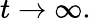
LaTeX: t\rightarrow\infty.